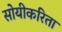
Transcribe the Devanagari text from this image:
सोयीकरिता